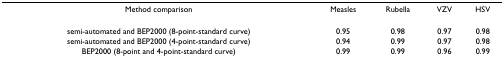
<table><thead><tr><td><b>Method comparison</b></td><td><b>Measles</b></td><td><b>Rubella</b></td><td><b>VZV</b></td><td><b>HSV</b></td></tr></thead><tbody><tr><td>semi-automated and BEP2000 (8-point-standard curve)</td><td>0.95</td><td>0.98</td><td>0.97</td><td>0.98</td></tr><tr><td>semi-automated and BEP2000 (4-point-standard curve)</td><td>0.94</td><td>0.99</td><td>0.97</td><td>0.98</td></tr><tr><td>BEP2000 (8-point and 4-point-standard curve)</td><td>0.99</td><td>0.99</td><td>0.96</td><td>0.99</td></tr></tbody></table>